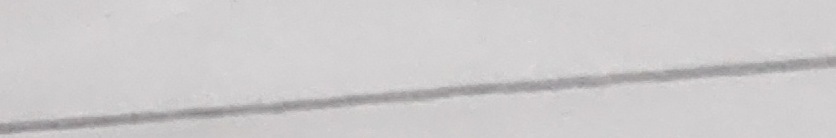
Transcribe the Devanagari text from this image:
लाईन